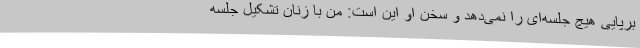
برپایی هیچ جلسه‌ای را نمی‌دهد و سخن او این است: من با زنان تشکیل جلسه